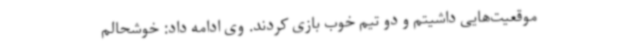
موقعیت‌هایی داشیتم و دو تیم خوب بازی کردند. وی ادامه داد: خوشحالم